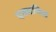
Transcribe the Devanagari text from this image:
एक्वपिज